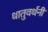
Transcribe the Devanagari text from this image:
धातुवर्धनी